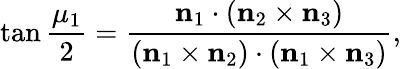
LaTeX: \tan{\frac{\mu_{1}}2}=\frac{\mathbf{n}_{1}\cdot(\mathbf{n}_{2}\times\mathbf{n}_{3})}{(\mathbf{n}_{1}\times\mathbf{n}_{2})\cdot(\mathbf{n}_{1}\times\mathbf{n}_{3})},